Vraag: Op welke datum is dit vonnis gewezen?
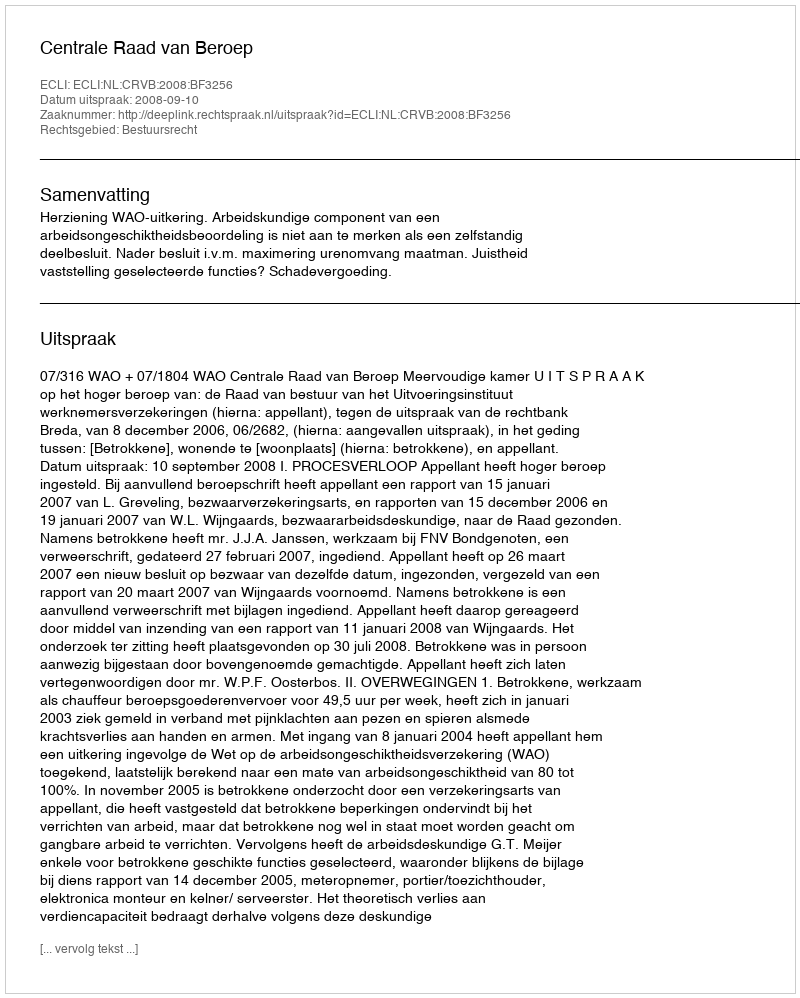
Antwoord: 2008-09-10